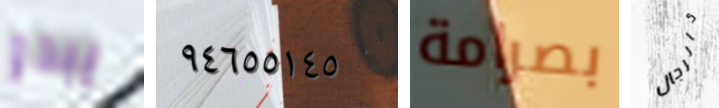
يبدو ٩٤٦٥٥١٤٥ بصرامة كالرجال